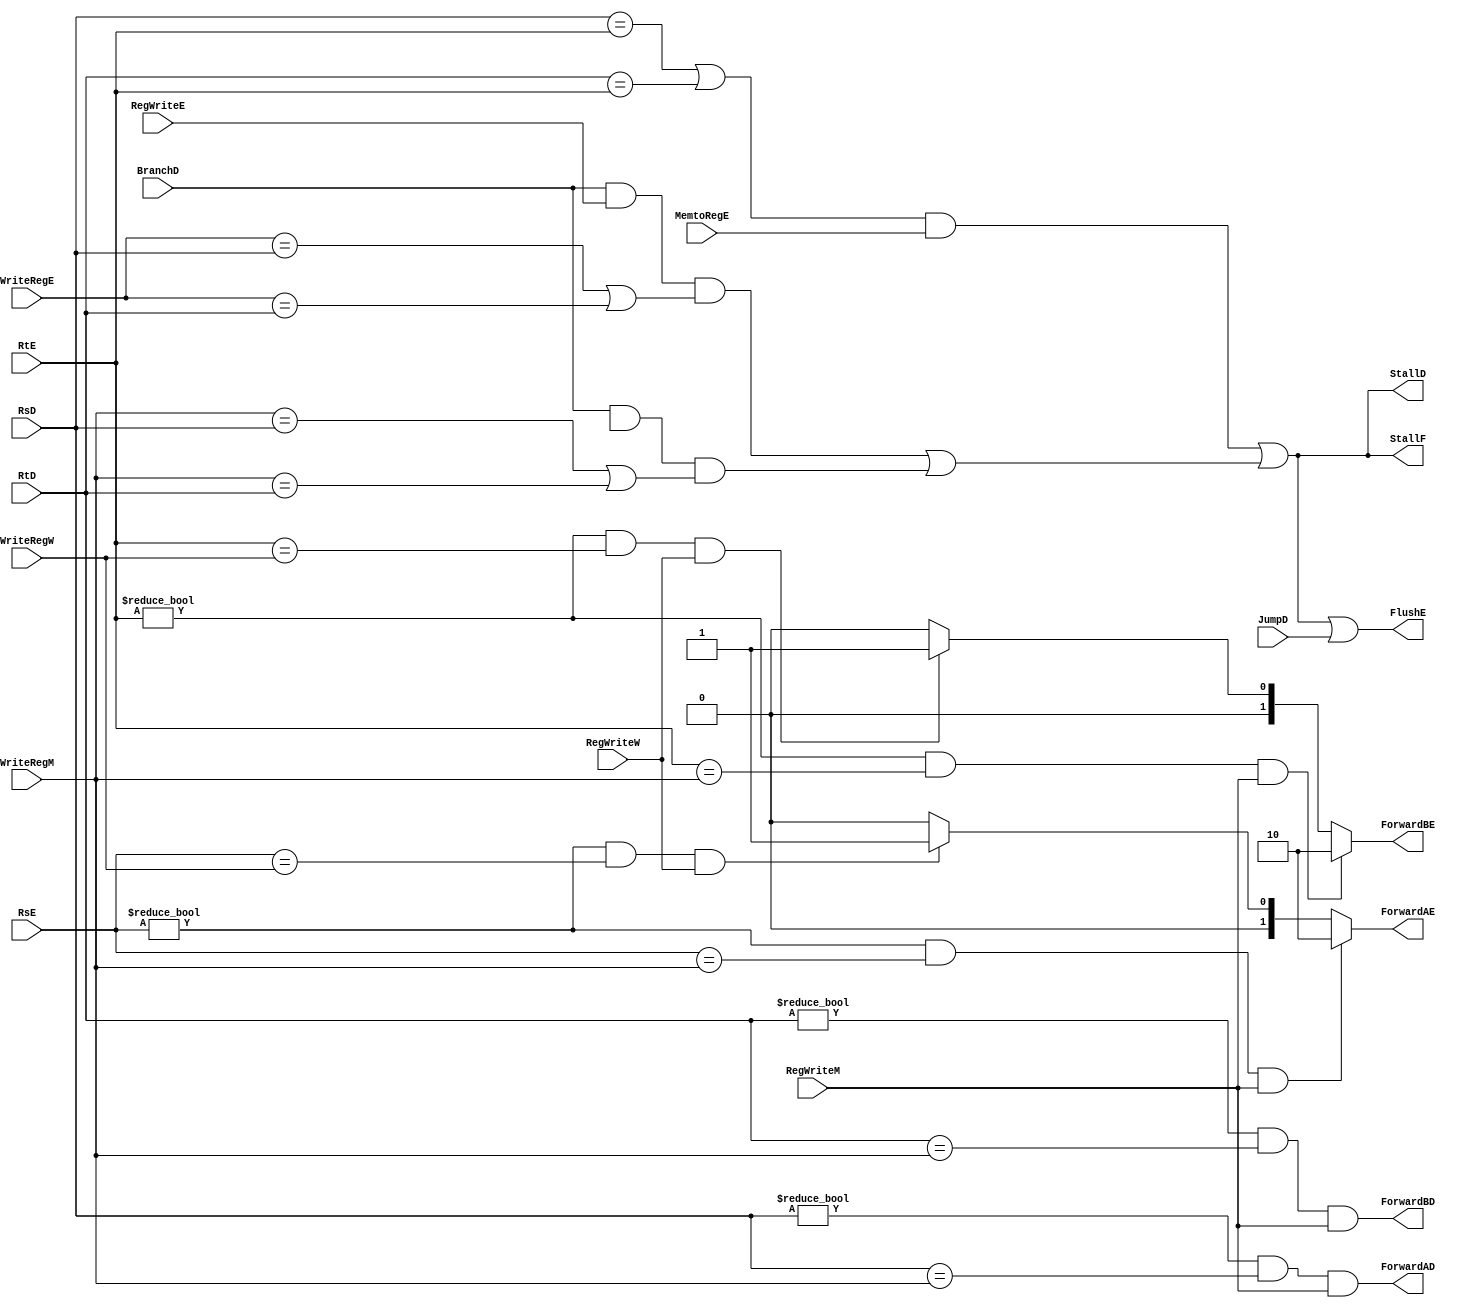
module Hazard_Unit #(
parameter Rs_width = 5 ,
          Rt_width = 5 ,
          WriteReg_width = 5 ,
          ForwardAE_width = 2 ,
          ForwardBE_width =2
) (

input       wire                              BranchD,
input       wire                              JumpD,
input       wire    [Rs_width-1:0]            RsD,
input       wire    [Rt_width-1:0]            RtD,
input       wire    [Rs_width-1:0]            RsE,
input       wire    [Rt_width-1:0]            RtE,
input       wire    [WriteReg_width-1:0]      WriteRegE,
input       wire                              RegWriteE,
input       wire                              RegWriteM,
input       wire    [WriteReg_width-1:0]      WriteRegM,
input       wire                              RegWriteW,
input       wire    [WriteReg_width-1:0]      WriteRegW,
input       wire                              MemtoRegE,

output      reg     [ForwardAE_width-1:0]     ForwardAE,
output      reg     [ForwardBE_width-1:0]     ForwardBE,
output      wire                              FlushE,
output      wire                              ForwardAD,
output      wire                              ForwardBD,
output      wire                              StallF,
output      wire                              StallD
);

wire                lwstall;
wire                branchstall;

always @(*) begin
    if ((RsE != 0) && (RsE == WriteRegM) && RegWriteM) begin
        ForwardAE = 'b10 ;   
    end else if ((RsE != 0) && (RsE == WriteRegW) && RegWriteW) begin
        ForwardAE = 'b01 ;
    end else begin
        ForwardAE = 'b00 ;    
    end
end
 
always @(*) begin
    if ((RtE != 0) && (RtE == WriteRegM) && RegWriteM) begin
        ForwardBE = 'b10 ;   
    end else if ((RtE != 0) && (RtE == WriteRegW) && RegWriteW) begin
        ForwardBE = 'b01 ;
    end else begin
        ForwardBE = 'b00 ;    
    end
end

assign lwstall = ((RsD == RtE) || (RtD == RtE)) && MemtoRegE;
assign ForwardAD = (RsD != 0) && (RsD == WriteRegM) && RegWriteM;
assign ForwardBD = (RtD != 0) && (RtD == WriteRegM) && RegWriteM;
assign branchstall = BranchD && RegWriteE && ((WriteRegE == RsD) || (WriteRegE == RtD)) || BranchD && MemtoRegM && ((WriteRegM == RsD) || (WriteRegM == RtD));
assign FlushE = lwstall || branchstall || JumpD;
assign StallF = lwstall || branchstall;
assign StallD = lwstall || branchstall;
endmodule